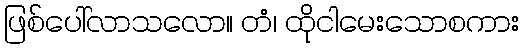
ဖြစ်ပေါ်လာသလော။ တံ၊ ထိုငါမေးသောစကား